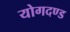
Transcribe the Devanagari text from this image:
योगदण्ड